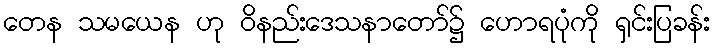
တေန သမယေန ဟု ဝိနည်းဒေသနာတော်၌ ဟောရပုံကို ရှင်းပြခန်း